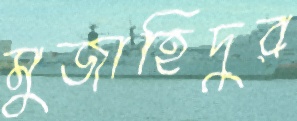
মুজাহিদুর